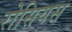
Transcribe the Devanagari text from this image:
रोसियस